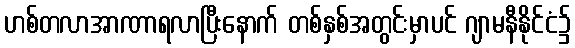
ဟစ်တလာအာဏာရလာပြီးနောက် တစ်နှစ်အတွင်းမှာပင် ဂျာမနီနိုင်ငံ၌